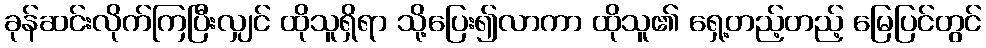
ခုန်ဆင်းလိုက်ကြပြီးလျှင် ထိုသူရှိရာ သို့ပြေး၍လာကာ ထိုသူ၏ ရှေ့တည့်တည့် မြေပြင်တွင်